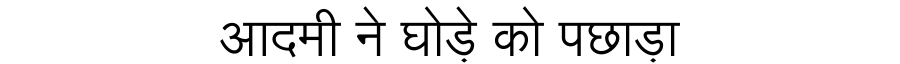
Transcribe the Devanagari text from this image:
आदमी ने घोड़े को पछाड़ा